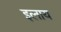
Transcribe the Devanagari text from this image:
इलाय